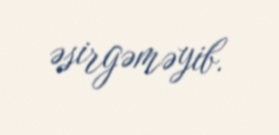
əsirgəməyib.